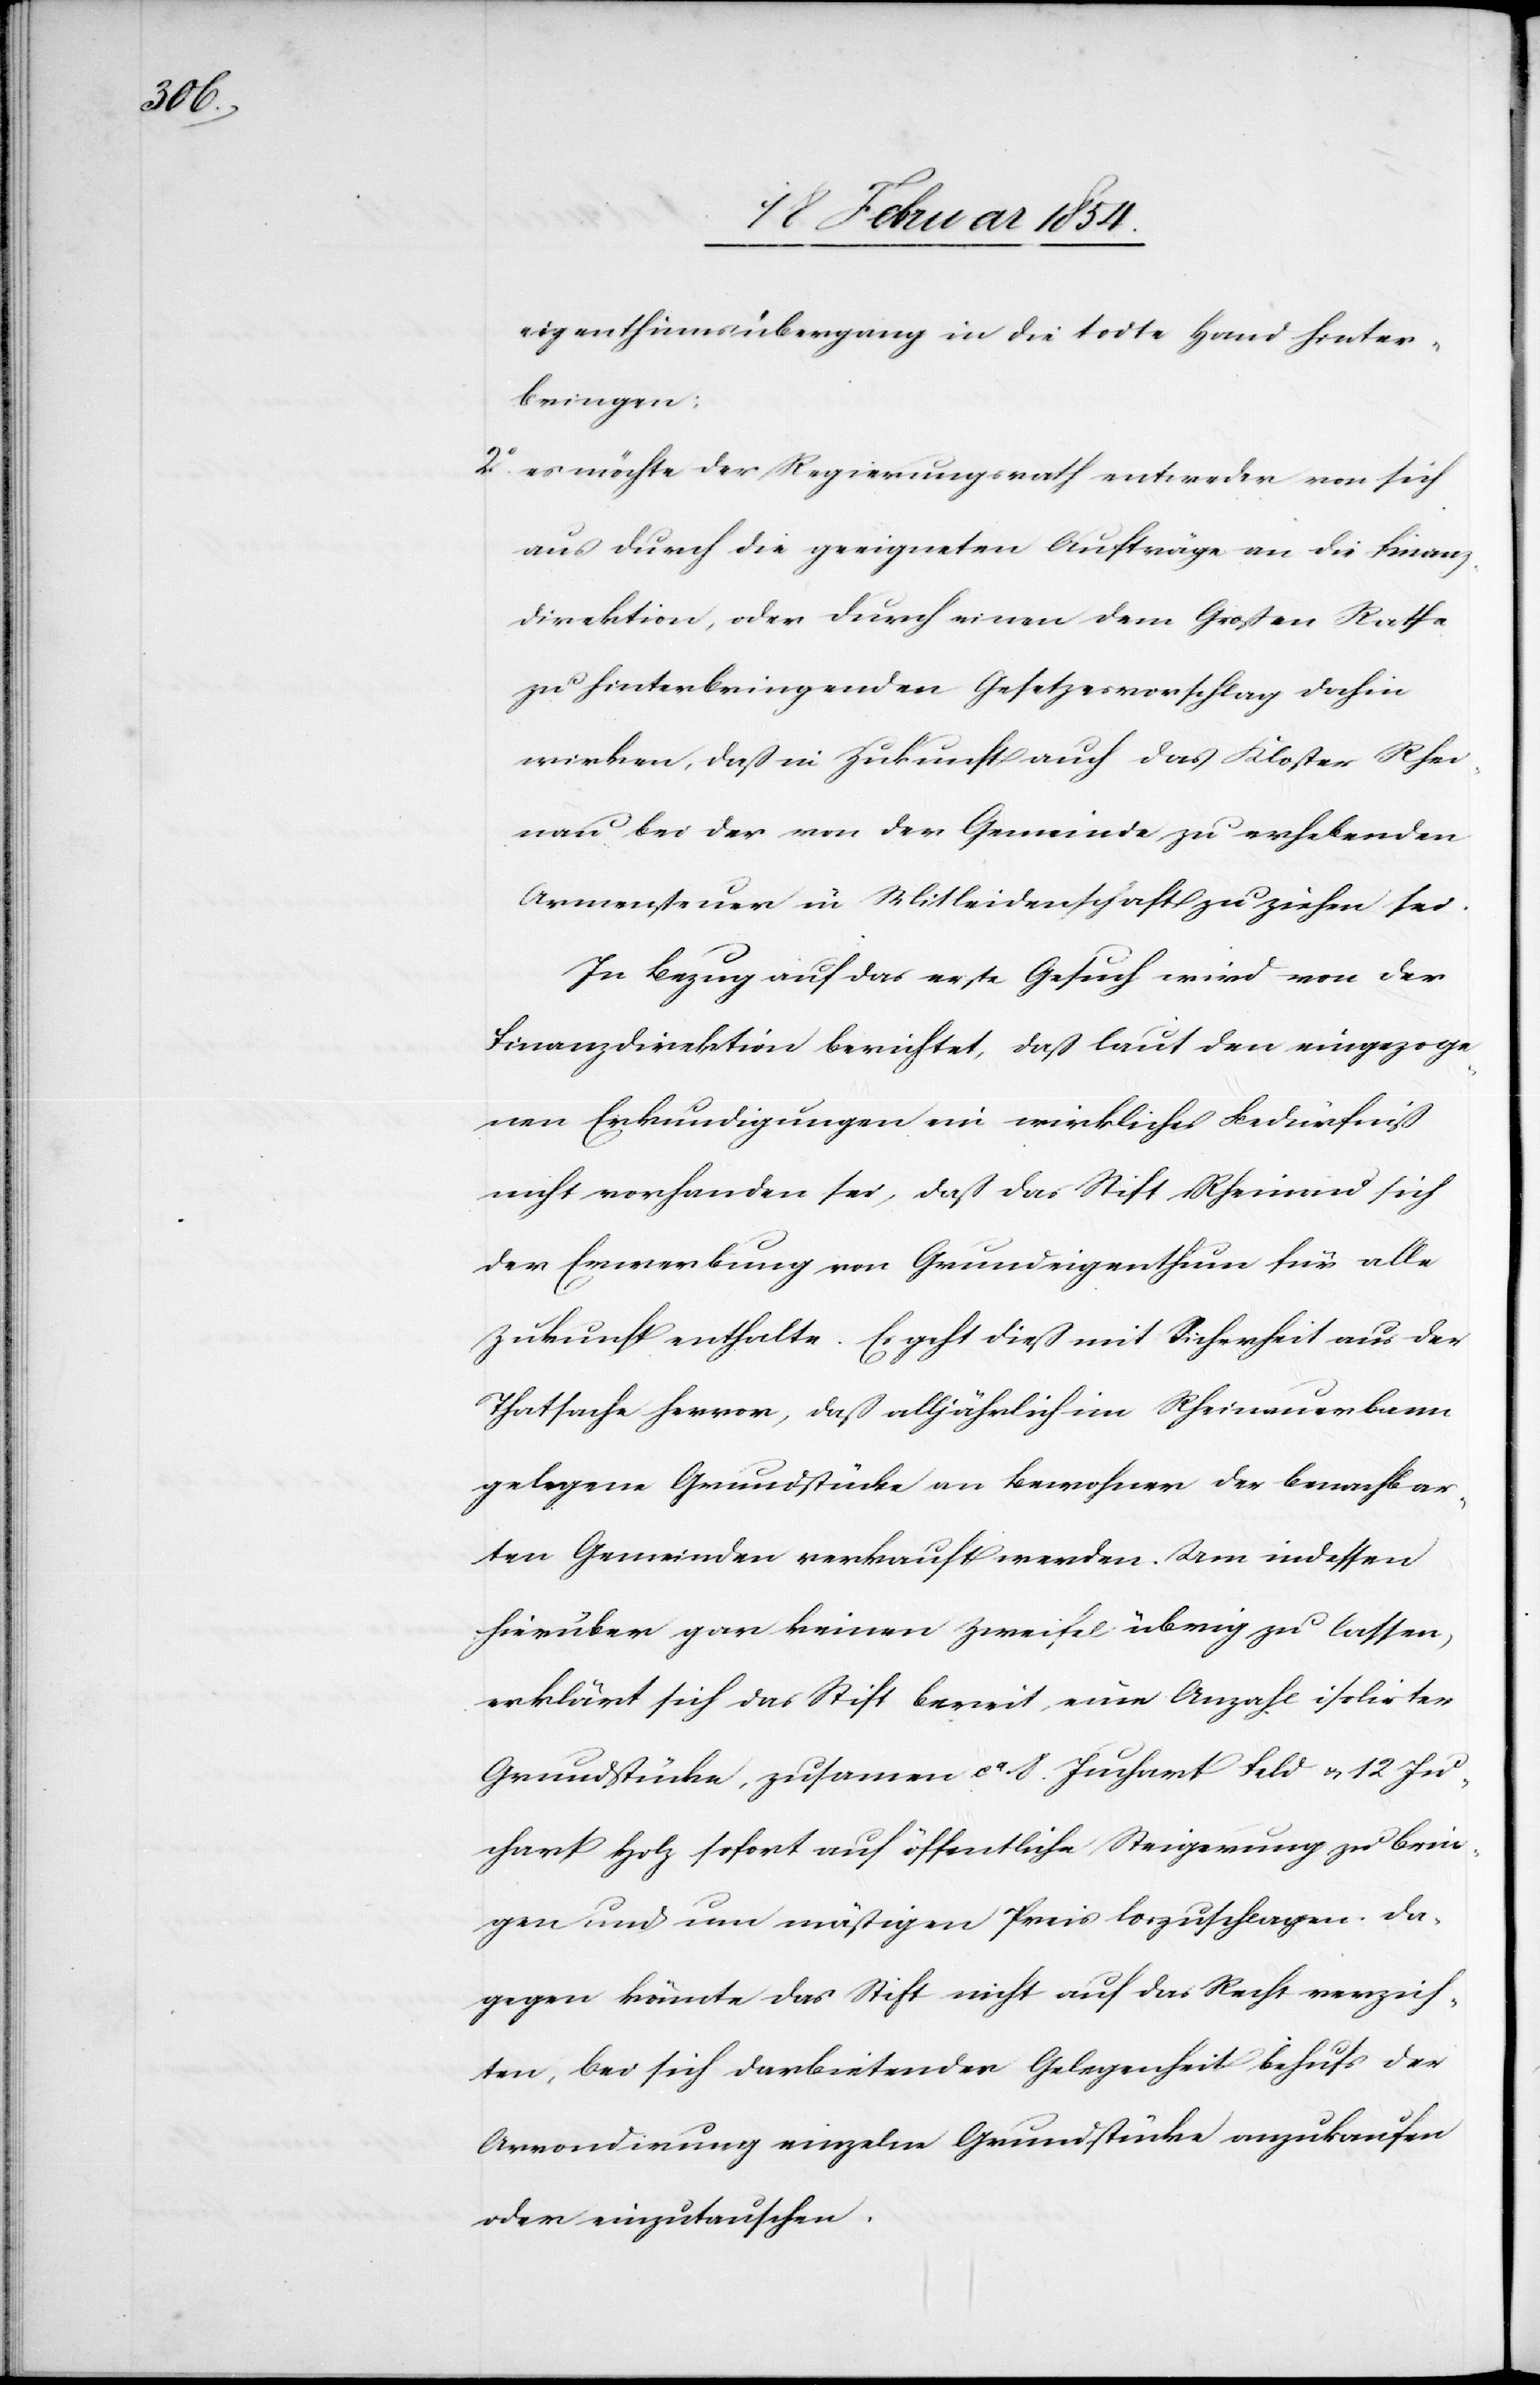
eigenthumsübergang in die todte Hand hinter¬
bringen:
2o es möchte der Regierungsrath entweder von sich
aus durch die geeigneten Aufträge an die Finanz¬
direktion, oder durch einen dem Großen Rathe
zu hinterbringenden Gesetzesvorschlag dahin
wirken, daß in Zukunft auch das Kloster Rhei¬
nau bei der von der Gemeinde zu erhebenden
Armensteuer in Mitleidenschaft zu ziehen sei.
In Bezug auf das erste Gesuch wird von der
Finanzdirektion berichtet, daß laut den eingezoge¬
nen Erkundigungen ein wirkliches Bedürfniß
nicht vorhanden sei, daß das Stift Rheinau sich
der Erwerbung von Grundeigenthum für alle
Zukunft enthalte. Es geht dieß mit Sicherheit aus der
Thatsache hervor, daß alljährlich im Rheinauerbann
gelegene Grundstücke an Bewohner der benachbar¬
ten Gemeinden verkauft werden. Um indessen
hierüber gar keinen Zweifel übrig zu lassen,
erklärt sich das Stift bereit, eine Anzahl isolirter
Grundstücke, zusammen ca 8. Juchart Feld u. 12 Ju¬
chart Holz sofort auf öffentliche Steigerung zu brin¬
gen und um mäßigen Preis loszuschlagen. Da¬
gegen könnte das Stift nicht auf das Recht verzich¬
ten, bei sich darbietender Gelegenheit behufs der
Arrondirung einzelne Grundstücke anzukaufen
oder einzutauschen.